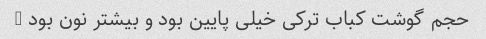
حجم گوشت کباب ترکی خیلی پایین بود و بیشتر نون بود …